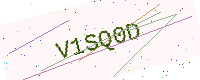
Text: V1SQ0D